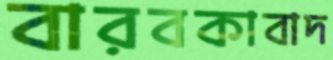
বারবকাবাদ